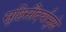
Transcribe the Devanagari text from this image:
सृष्टिसौंदर्यामुळे